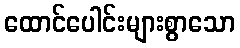
ထောင်ပေါင်းများစွာသော